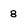
Character: 8